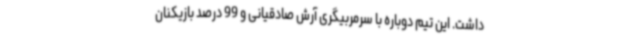
داشت. این تیم دوباره با سرمربیگری آرش صادقیانی و 99 درصد بازیکنان